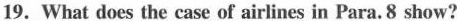
19. What does the case of airlines in Para. 8 show?